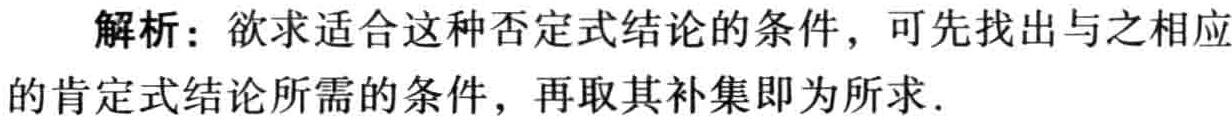
解析：欲求适合这种否定式结论的条件，可先找出与之相应的肯定式结论所需的条件，再取其补集即为所求.